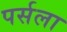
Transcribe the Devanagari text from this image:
पर्सला